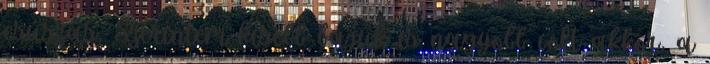
csúszás. Szerintem kisebb bajuk is nagyobb volt akkor, a